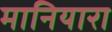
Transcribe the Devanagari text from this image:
मानियारा